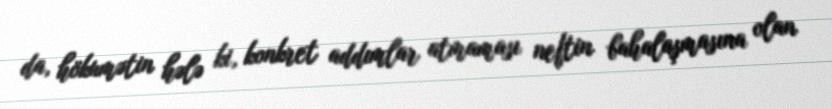
da, hökumətin hələ ki, konkret addımlar atmaması neftin bahalaşmasına olan